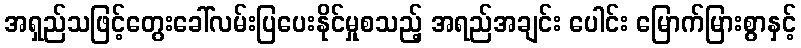
အရှည်သဖြင့်တွေးခေါ်လမ်းပြပေးနိုင်မှုစသည့် အရည်အချင်း ပေါင်း မြောက်မြားစွာနှင့်